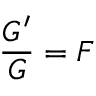
{ \frac { G ^ { \prime } } { G } } = F